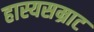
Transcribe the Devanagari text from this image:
हास्यसम्राट